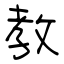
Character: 教